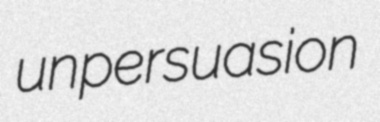
unpersuasion